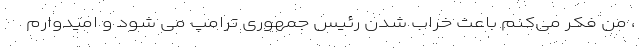
، من فکر می‌کنم باعث خراب شدن رئیس جمهوری ترامپ می شود و امیدوارم